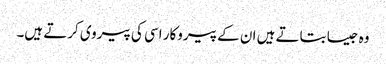
وہ جیسا بتاتے ہیں ان کے پیروکار اسی کی پیروی کرتے ہیں۔